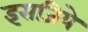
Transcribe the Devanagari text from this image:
इसजिये